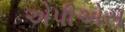
એપીએસ